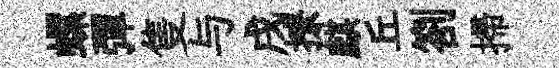
螺彈隻与戌撩麒丘劄掃